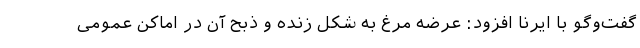
گفت‌وگو با ایرنا افزود: عرضه مرغ به شکل زنده و ذبح آن در اماکن عمومی